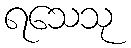
ရသေသု